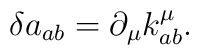
\delta a_{ab}=\partial _{\mu }k_{ab}^{\mu }.